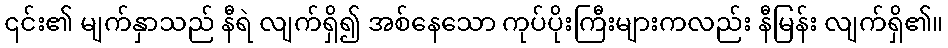
၎င်း၏ မျက်နှာသည် နီရဲ လျက်ရှိ၍ အစ်နေသော ကုပ်ပိုးကြီးများကလည်း နီမြန်း လျက်ရှိ၏။